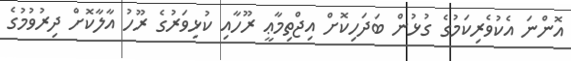
އޮންނަ އެކުވެރިކަމުގެ ގުޅުން ބަދަހިކޮށް އިޖްތިމާޢީ ރޫހާއި ކުޅިވަރުގެ ރޫހު އާލާކޮށް ދިރުވުމުގެ